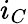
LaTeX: i_{C}